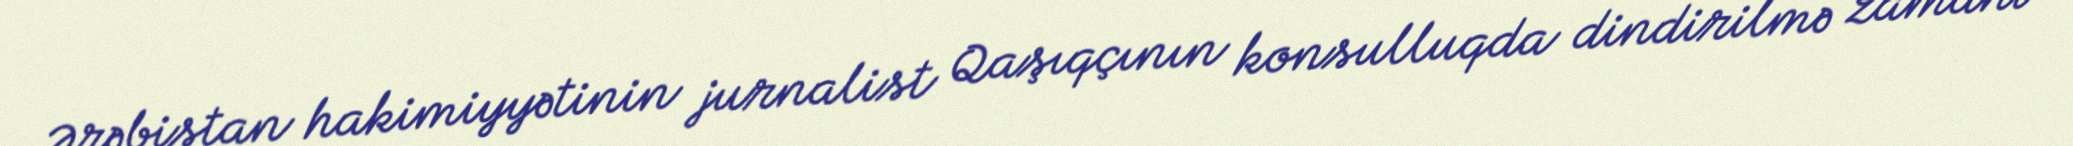
Ərəbistan hakimiyyətinin jurnalist Qaşıqçının konsulluqda dindirilmə zamanı